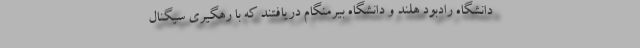
دانشگاه رادبود هلند و دانشگاه بیرمنگام دریافتند که با رهگیری سیگنال